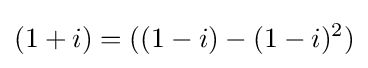
(1+i)=((1-i)-(1-i)^{2})